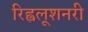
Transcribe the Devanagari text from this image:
रिह्वलूशनरी